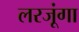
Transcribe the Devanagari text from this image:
लरजूंगा